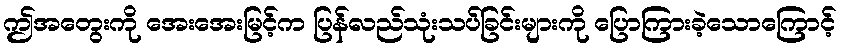
ဤအတွေးကို အေးအေးမြင့်က ပြန်လည်သုံးသပ်ခြင်းများကို ပြောကြားခဲ့သောကြောင့်